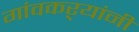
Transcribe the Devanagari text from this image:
गांवकऱ्यांनी